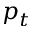
p _ { t }